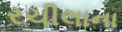
રચીલાના